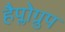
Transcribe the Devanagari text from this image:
हैप्लोग्रुप